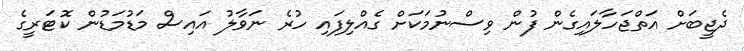
ދެޖީބަށް އަތްޖަހާލައިގެން ފުން ވިސްނުމަކަށް ގެއްލިފައި ހުރެ ނަވާލު އައިސް މަޑުމަޑުން ކޮޓަރީގެ